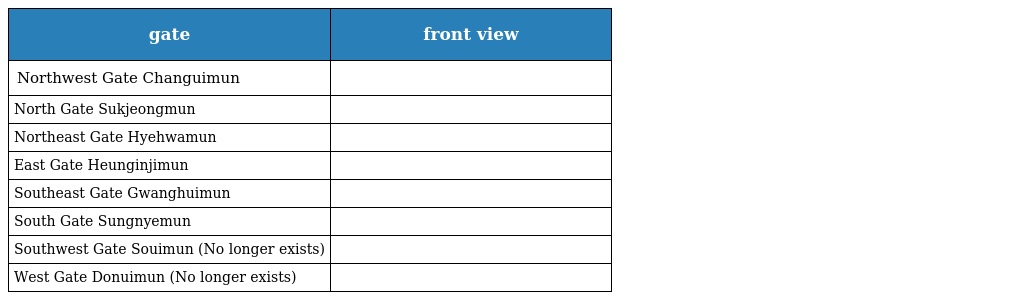
| gate | front view |
 | --- | --- |
 | Northwest Gate Changuimun |  |
 | North Gate Sukjeongmun |  |
 | Northeast Gate Hyehwamun |  |
 | East Gate Heunginjimun |  |
 | Southeast Gate Gwanghuimun |  |
 | South Gate Sungnyemun |  |
 | Southwest Gate Souimun (No longer exists) |  |
 | West Gate Donuimun (No longer exists) |  |